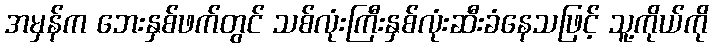
အမှန်က ဘေးနှစ်ဖက်တွင် သစ်လုံးကြီးနှစ်လုံးဆီးခံနေသဖြင့် သူ့ကိုယ်ကို